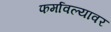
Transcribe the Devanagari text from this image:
फर्मावल्यावर